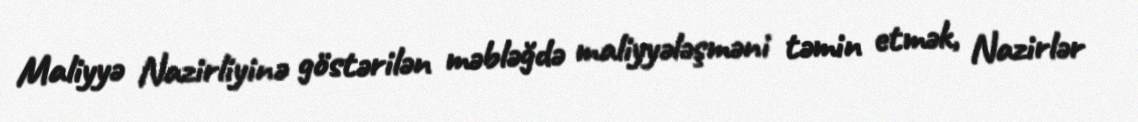
Maliyyə Nazirliyinə göstərilən məbləğdə maliyyələşməni təmin etmək, Nazirlər